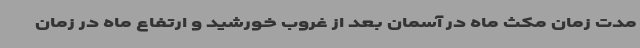
مدت زمان مکث ماه در آسمان بعد از غروب خورشید و ارتفاع ماه در زمان